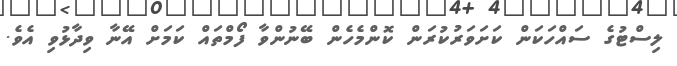
ލިސްޓުގެ ސައްހަކަން ކަށަވަރުކުރަން ކޮންމެހެން ބޭނުންވާ ފޯމްތައް ކަމަށް އޭނާ ވިދާޅުވި އެވެ.